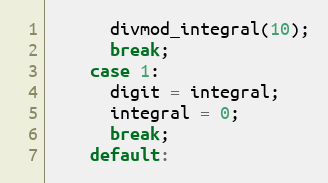
Language: C
      divmod_integral(10);
      break;
    case 1:
      digit = integral;
      integral = 0;
      break;
    default: